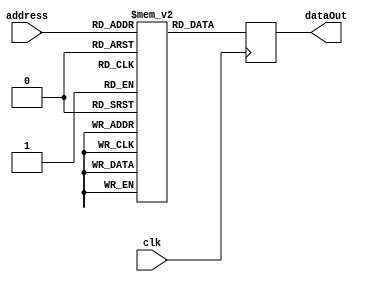
module InstructionMemory 
#(	parameter data_WIDTH = 32,	parameter ADDR_WIDTH = 10 )

(
	input [ADDR_WIDTH-1:0] address,
	input clk,
	output reg [data_WIDTH-1:0] dataOut
);

reg [data_WIDTH-1:0] memoria [0:(1<<ADDR_WIDTH)-1];

initial
begin
   //codigo com pipeline hazzard
			  
	memoria[0] <= 32'b0;
	memoria[1] <= 32'b0;
	memoria[2] <= 32'b0;
	memoria[3] <= 32'b010010_00000_00001_0101_0101_0000_0000; //Grupo+1 MSB + Load A 5500h LSB
	memoria[4] <= 32'b010010_00000_00010_0101_0101_0000_0001; //Grupo+1 MSB + Load A 5501h LSB
	memoria[5] <= 32'b010010_00000_00011_0101_0101_0000_0010; //Grupo+1 MSB + Load A 5502h LSB
	memoria[6] <= 32'b010010_00000_00100_0101_0101_0000_0011; //Grupo+1 MSB + Load A 5503h LSB
	
	memoria[7] <= 32'b010001_00011_00100_00110_01010_100000; //ADD C+D MSB Grupo
	memoria[8] <= 32'b010001_00001_00010_00101_01010_110010; //MUL A*B MSB Grupo
	memoria[9] <= 32'b010001_00101_00110_00111_01010_100010; //SUB (A*B)-(C+D) MSB Grupo

	memoria[10] <= 32'b010011_00000_00111_0101_1000_1111_1111; //Store (A*B)-(C+D) MSB Grupo+2, 58FFh LSB
   memoria[11] <= 32'b010010_00000_01000_0101_1000_1111_1111; //Load Memory[58FFh] Grupo+1 LSB, 58FFh LSB 
			
	//codigo com bolhas
			  
	memoria[12] <= 32'b0;
	memoria[13] <= 32'b0;
	memoria[14] <= 32'b0;
	memoria[15] <= 32'b010010_00000_00001_0101_0101_0000_0000; //Grupo+1 MSB + Load A 5500h LSB
	memoria[16] <= 32'b010010_00000_00010_0101_0101_0000_0001; //Grupo+1 MSB + Load A 5501h LSB
	memoria[17] <= 32'b010010_00000_00011_0101_0101_0000_0010; //Grupo+1 MSB + Load A 5502h LSB
	memoria[18] <= 32'b010010_00000_00100_0101_0101_0000_0011; //Grupo+1 MSB + Load A 5503h LSB
	memoria[19] <= 32'b0;
	memoria[20] <= 32'b0;
	
	memoria[21] <= 32'b010001_00011_00100_00110_01010_100000; //ADD C+D MSB Grupo
	memoria[22] <= 32'b010001_00001_00010_00101_01010_110010; //MUL A*B MSB Grupo
	memoria[23] <= 32'b0;
	memoria[24] <= 32'b0;
	memoria[25] <= 32'b010001_00101_00110_00111_01010_100010; //SUB (A*B)-(C+D) MSB Grupo
	memoria[26] <= 32'b0;
	memoria[27] <= 32'b0;
	
	memoria[28] <= 32'b010011_00000_00111_0101_1000_1111_1111; //Store (A*B)-(C+D) MSB Grupo+2, 58FFh LSB
	memoria[29] <= 32'b0;
   memoria[30] <= 32'b010010_00000_01000_0101_1000_1111_1111; //Load Memory[58FFh] Grupo+1 LSB, 58FFh LSB 
	memoria[31] <= 32'b0;
	memoria[32] <= 32'b0;
	memoria[33] <= 32'b0;
	memoria[34] <= 32'b0;
	memoria[35] <= 32'b0;
	memoria[36] <= 32'b0;
	memoria[37] <= 32'b0;
	
end


always @ (posedge clk) 
begin
		dataOut <= memoria[address];
end

endmodule